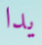
يدا